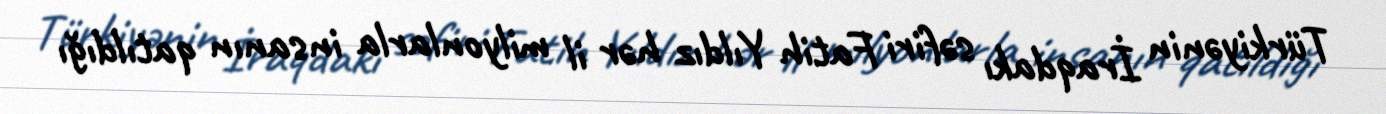
Türkiyənin İraqdakı səfiri Fatih Yıldız hər il milyonlarla insanın qatıldığı